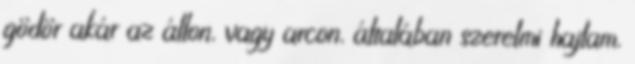
gödör akár az állon, vagy arcon, általában szerelmi hajlam,